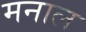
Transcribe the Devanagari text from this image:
मनाल